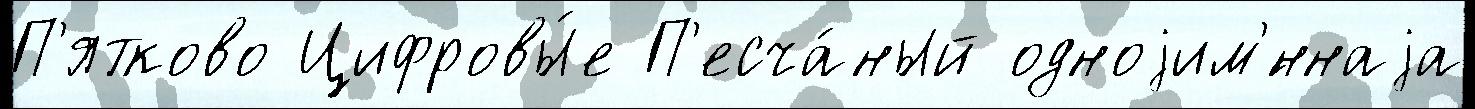
П'ятково Цифровы́е П'есча́ный одноjим'́ннаjа